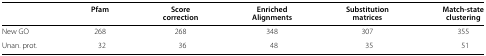
<table><thead><tr><td></td><td><b>Pfam</b></td><td><b>Score</b></td><td><b>Enriched</b></td><td><b>Substitution</b></td><td><b>Match-state</b></td></tr><tr><td></td><td></td><td><b>correction</b></td><td><b>Alignments</b></td><td><b>matrices</b></td><td><b>clustering</b></td></tr></thead><tbody><tr><td>New GO</td><td>268</td><td>268</td><td>348</td><td>307</td><td>355</td></tr><tr><td>Unan. prot.</td><td>32</td><td>36</td><td>48</td><td>35</td><td>51</td></tr></tbody></table>